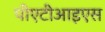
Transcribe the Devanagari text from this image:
पीएटीआइएस